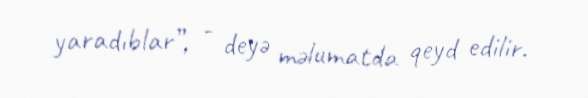
yaradıblar”, - deyə məlumatda qeyd edilir.